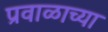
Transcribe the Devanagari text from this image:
प्रवाळाच्या